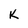
Character: K